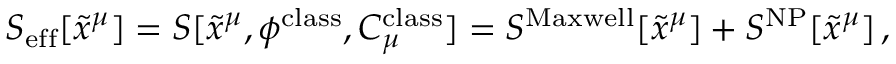
S _ { \mathrm { e f f } } [ \tilde { x } ^ { \mu } ] = S [ \tilde { x } ^ { \mu } , \phi ^ { \mathrm { c l a s s } } , C _ { \mu } ^ { \mathrm { c l a s s } } ] = S ^ { \mathrm { M a x w e l l } } [ \tilde { x } ^ { \mu } ] + S ^ { \mathrm { N P } } [ \tilde { x } ^ { \mu } ] \, ,